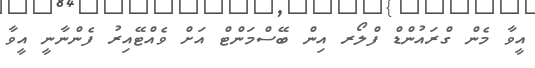
އީވާ މެން ގްރައުންޑް ފްލޯރ އިން ބޭސްމަންޓް އަށް ވެއްޓޭއިރު ފެންނާނީ އީވާ